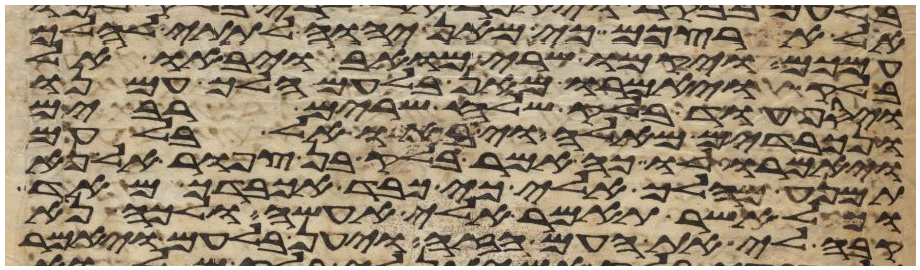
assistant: אל ארצכם כי מאן יהוה לתתי להלך
עמכם ויקמו שרי מואב ויבאו אל
בלק ויאמרו מאן בלעם הלך עמנו
ויסף עוד בלק שלח שרים רבים
ונכבדים מאלה ויבאו אל בלעם
ויאמרו לו כה אמר בלק בן צפור אל נא
תמנע מהלך אלי כי כבד אכבדך מאד
וכל אשר תאמר אלי אעשה ולכה נא
קבה לי את העם הזה ויען בלעם ויאמר